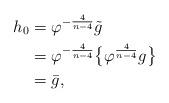
LaTeX: \begin{align*}h_0 &= \varphi^{-\frac{4}{n-4}}\tilde{g} \\&= \varphi^{-\frac{4}{n-4}}\big\{ \varphi^{\frac{4}{n-4}}g \big\} \\&= \bar{g},\end{align*}